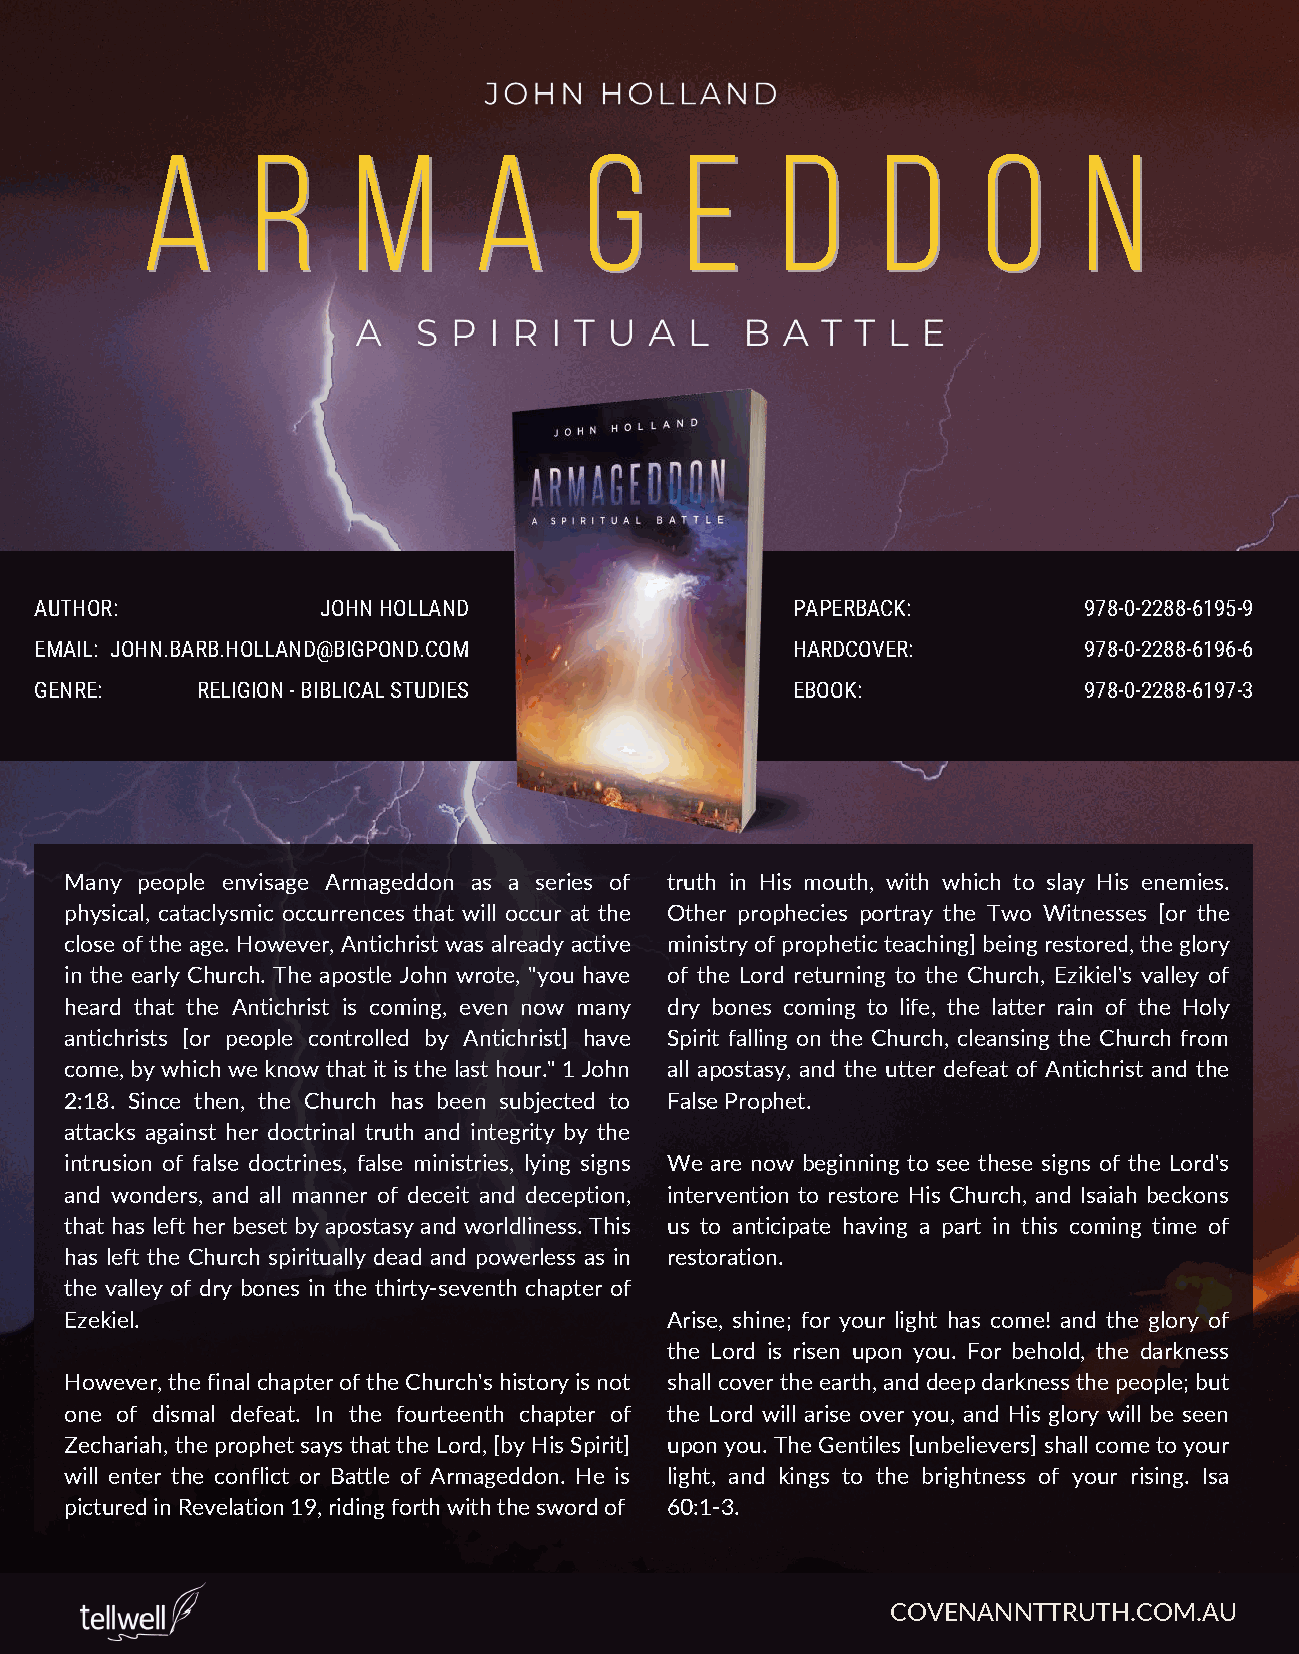
AA      rr    mm      aa      gg    ee     dd    dd     oo     nn
 AUTHOR:            JJOOHHNN HHOOLLLLAANNDD        PPAAPPEERRBBAACCKK:: 997788--00--22228888--66119955--99
 EMAIL: JJOOHHNN..BBAARRBB..HHOOLLLLAANNDD@@BBIIGGPPOONNDD..CCOOMM HHAARRDDCCOOVVEERR:: 997788--00--22228888--66119966--66
 GENRE:     RREELLIIGGIIOONN -- BBIIBBLLIICCAALL SSTTUUDDIIEESS EEBBOOOOKK:: 997788--00--22228888--66119977--33
 Many people envisage Armageddon as a series of truth in His mouth, with which to slay His enemies.
 physical, cataclysmic occurrences that will occur at the Other prophecies portray the Two Witnesses [or the
 close of the age. However, Antichrist was already active ministry of prophetic teaching] being restored, the glory
 in the early Church. The apostle John wrote, "you have of the Lord returning to the Church, Ezikiel's valley of
 heard that the Antichrist is coming, even n ow many dry bones coming to life, the latter rain of the Holy
 antichrists [or people controlled by Antichrist] have Spirit falling on the Church, cleansing the Church from
 come, by which we know that it is the last hour." 1 John all apostasy, and the utter defeat of Antichrist and the
 2:18. Since then, the Church has been subjected to False Prophet.
 attacks against her doctrinal truth and integrity by the
 intrusion of false doctrines, false ministries, lying signs We are now beginning to see these signs of the Lord's
 and wonders, and all manner of deceit and deception, intervention to restore His Church, and Isaiah beckons
 that has left her beset by apostasy and worldliness. This us to anticipate having a part in this coming time of
 has left the Church spiritually dead and powerless as in restoration.
 the valley of dry bones in the thirty-seventh chapter of
 Ezekiel.                                Arise, shine; for your light has come! and the glory of
 the Lord is risen upon you. For behold, the darkness
 However, the final chapter of the Church's history is not shall cover the earth, and deep darkness the people; but
 one of dismal defeat. In the fourteenth chapter of the Lord will arise over you, and His glory will be seen
 Zechariah, the prophet says that the Lord, [by His Spirit] upon you. The Gentiles [unbelievers] shall come to your
 will enter the conflict or Battle of Armageddon. He is light, and kings to the brightness of your rising. Isa
 pictured in Revelation 19, riding forth with the sword of 60:1-3.
 COVENANNTTRUTH.COM.AU